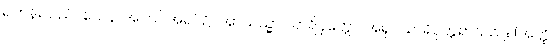
ရဟန်းသည်။ ယေန၊ အကြင်အရပ်၌။ အာယသ္မာ သာရိပုတ္တော၊ အရှင်သာရိပုတ္တရာသည်။ (အတ္ထိ၊